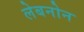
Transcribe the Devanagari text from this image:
लेबनोन